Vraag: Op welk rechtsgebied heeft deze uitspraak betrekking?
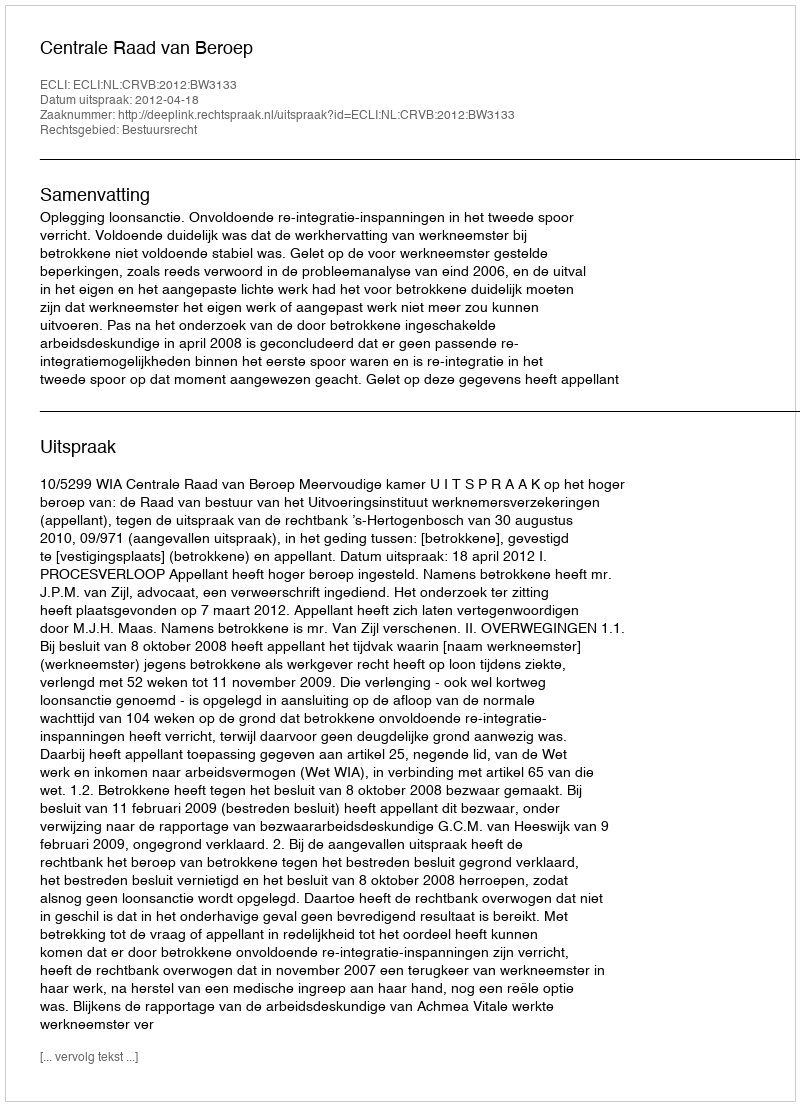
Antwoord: Bestuursrecht